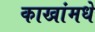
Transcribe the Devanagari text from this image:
काखांमधे